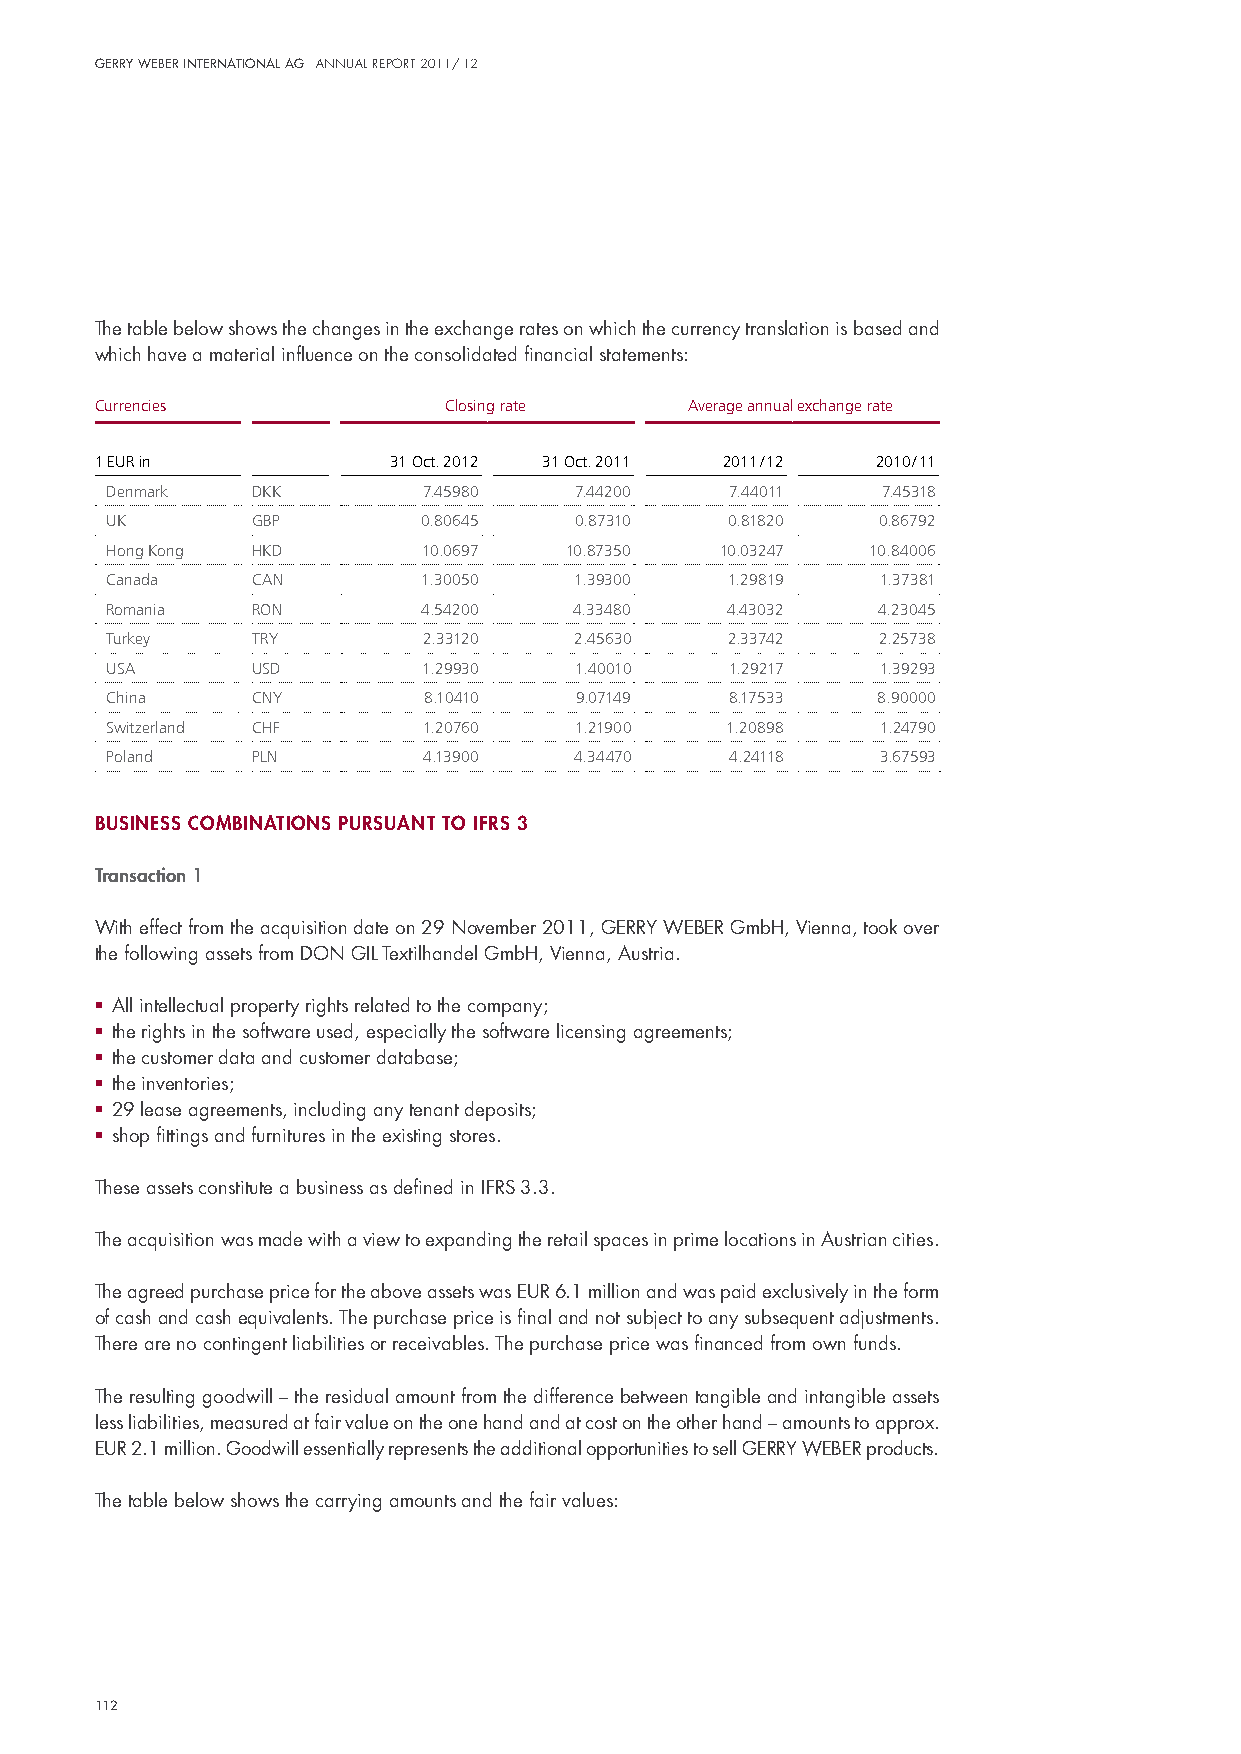
Gerry Weber InternatIonal aG annual report 2011/ 12
 The table below shows the changes in the exchange rates on which the currency translation is based and
 which have a material influence on the consolidated financial statements:
 Currencies             Closing rate     Average annual exchange rate
 1 EUR in            31 Oct. 2012 31 Oct. 2011 2011 / 12 2010 / 11
 Denmark   DKK        7.45980   7.44200   7.44011   7.45318
 UK        GBP        0.80645   0.87310   0.81820   0.86792
 Hong Kong HKD        10.0697  10.87350   10.03247 10.84006
 Canada    CAN        1.30050   1.39300   1.29819   1.37381
 Romania   RON        4.54200   4.33480   4.43032   4.23045
 Turkey    TRY        2.33120   2.45630   2.33742   2.25738
 USA       USD        1.29930   1.40010   1.29217   1.39293
 China     CNY        8.10410   9.07149   8.17533   8.90000
 Switzerland CHF      1.20760   1.21900   1.20898   1.24790
 Poland    PLN        4.13900   4.34470   4.24118   3.67593
 BusIness comBInatIons pursuant to Ifrs 3
 transaction 1
 With effect from the acquisition date on 29 november 2011, GeRRY WeBeR Gmbh, vienna, took over
 the following assets from don Gil Textilhandel Gmbh, vienna, Austria.
 ■ All intellectual property rights related to the company;
 ■ the rights in the software used, especially the software licensing agreements;
 ■ the customer data and customer database;
 ■ the inventories;
 ■ 29 lease agreements, including any tenant deposits;
 ■ shop fittings and furnitures in the existing stores.
 These assets constitute a business as defined in iFRs 3.3.
 The acquisition was made with a view to expanding the retail spaces in prime locations in Austrian cities.
 The agreed purchase price for the above assets was euR 6.1 million and was paid exclusively in the form
 of cash and cash equivalents. The purchase price is final and not subject to any subsequent adjustments.
 There are no contingent liabilities or receivables. The purchase price was financed from own funds.
 The resulting goodwill – the residual amount from the difference between tangible and intangible assets
 less liabilities, measured at fair value on the one hand and at cost on the other hand – amounts to approx.
 euR 2.1 million. Goodwill essentially represents the additional opportunities to sell GeRRY WeBeR products.
 The table below shows the carrying amounts and the fair values:
 112